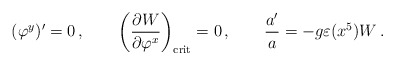
\begin{align*}(\varphi^y)' = 0 \,, \qquad\left({\partial W \over \partial \varphi^x}\right)_{\rm crit} =0 \,, \qquad\frac{a'}{a} = - g \varepsilon (x^5) W\,. \end{align*}